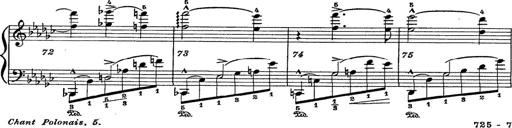
Title: 6 Polish Songs
Composer: Franz Liszt